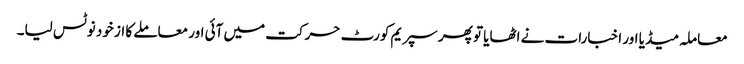
معاملہ میڈیا اور اخبارات نے اٹھایا تو پھر سپریم کورٹ حرکت میں آئی اور معاملے کا از خود نوٹس لیا۔